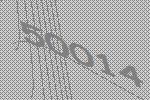
50014